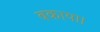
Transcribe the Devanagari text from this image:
बकाया।